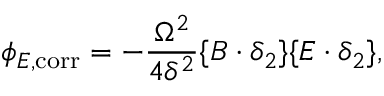
\phi _ { E , \mathrm { c o r r } } = - \frac { \Omega ^ { 2 } } { 4 \delta ^ { 2 } } \{ B \cdot \delta _ { 2 } \} \{ E \cdot \delta _ { 2 } \} ,